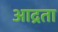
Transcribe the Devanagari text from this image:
आद्रता